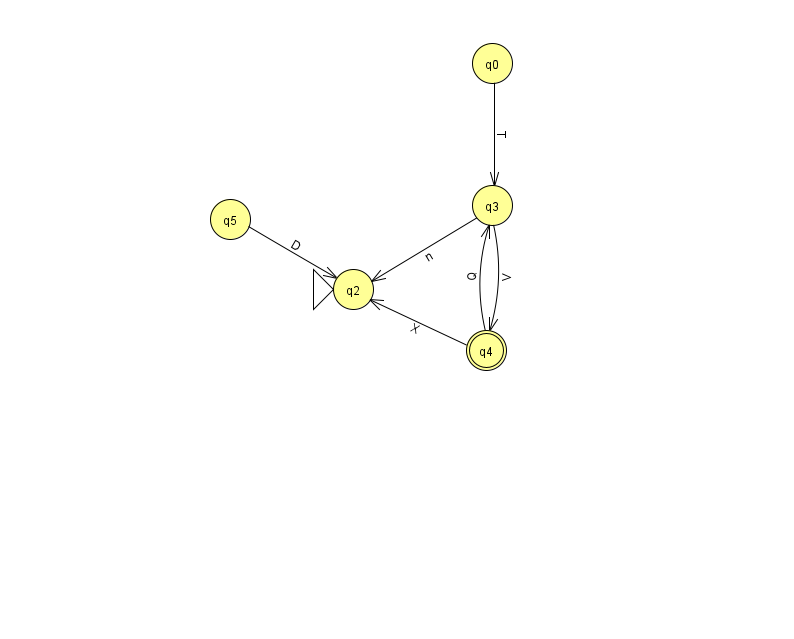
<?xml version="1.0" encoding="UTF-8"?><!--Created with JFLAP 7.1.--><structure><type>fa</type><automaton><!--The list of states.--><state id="0" name="q0"><x>492.0</x><y>50.0</y></state><state id="2" name="q2"><x>353.0</x><y>276.0</y><initial/></state><state id="3" name="q3"><x>492.0</x><y>192.0</y></state><state id="4" name="q4"><x>486.0</x><y>337.0</y><final/></state><state id="5" name="q5"><x>230.0</x><y>206.0</y></state><!--The list of transitions.--><transition><from>0</from><to>3</to><read>T</read></transition><transition><from>4</from><to>2</to><read>X</read></transition><transition><from>3</from><to>2</to><read>n</read></transition><transition><from>4</from><to>3</to><read>Q</read></transition><transition><from>5</from><to>2</to><read>D</read></transition><transition><from>3</from><to>4</to><read>V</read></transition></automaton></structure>